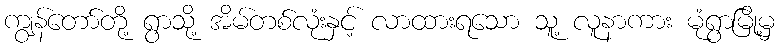
ကျွန်တော်တို့ ရွာသို့ အိမ်တစ်လုံးနှင့် လာထားရသော သူ့ လူနာကား မုံရွာမြို့မှ